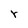
Character: r